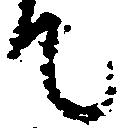
て